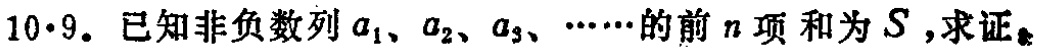
10·9. 已知非负数列\(a_{1},a_{2},a_{3},\cdots\)的前\(n\)项和为\(S\)，求证₍此处显示不全，缺少具体要证内容₎